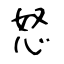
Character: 怒